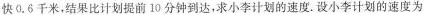
快0.6千米，结果比计划提前10分钟到达，求小李计划的速度。设小李计划的速度为